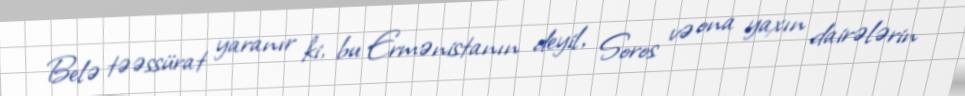
Belə təəssürat yaranır ki, bu Ermənistanın deyil, Soros və ona yaxın dairələrin